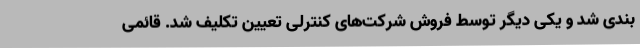
بندی شد و یکی دیگر توسط فروش شرکت‌های کنترلی تعیین تکلیف شد. قائمی